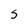
Character: s